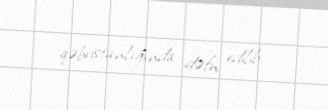
qəbristanlığında dəfn edilib.